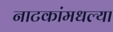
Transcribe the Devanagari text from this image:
नाटकांमधल्या